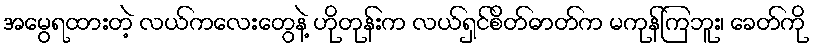
အမွေရထားတဲ့ လယ်ကလေးတွေနဲ့ ဟိုတုန်းက လယ်ရှင်စိတ်ဓာတ်က မကုန်ကြဘူး၊ ခေတ်ကို